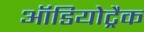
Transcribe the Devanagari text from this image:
ऑडियोट्रैक